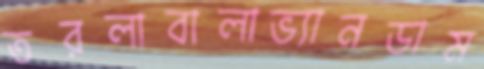
তরলাবালাভ্যানডাম